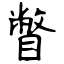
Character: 瞥